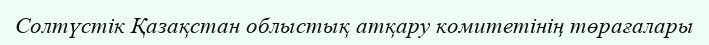
Солтүстік Қазақстан облыстық атқару комитетінің төрағалары